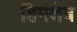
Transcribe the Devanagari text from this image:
हिमक्षेत्र